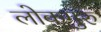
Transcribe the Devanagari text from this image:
लोकगुरु